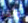
وأخر